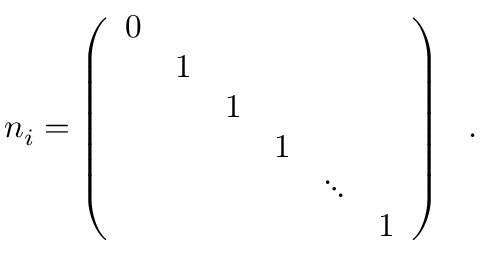
n _ { i } = \left( \begin{array} { c c c c c c } { { 0 } } & { { } } & { { } } & { { } } & { { } } & { { } } \\ { { } } & { { 1 } } & { { } } & { { } } & { { } } & { { } } \\ { { } } & { { } } & { { 1 } } & { { } } & { { } } & { { } } \\ { { } } & { { } } & { { } } & { { 1 } } & { { } } & { { } } \\ { { } } & { { } } & { { } } & { { } } & { { \ddots } } & { { } } \\ { { } } & { { } } & { { } } & { { } } & { { } } & { { 1 } } \end{array} \right) \ \ .